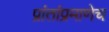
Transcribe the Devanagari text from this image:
प्रांतांप्रमाणेच